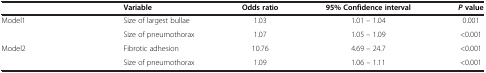
|  |  | Variable | Odds ratio | 95% Confidence interval | P value |
 | --- | --- | --- | --- | --- | --- |
 | Model1 | <ROWSPAN=2>  | Size of largest bullae | 1.03 | 1.01 – 1.04 | 0.001 |
 |  | Size of pneumothorax | 1.07 | 1.05 – 1.09 | <0.001 |
 | <ROWSPAN=2-COLSPAN=2> Model2 | Fibrotic adhesion | 10.76 | 4.69 – 24.7 | <0.001 |
 | Size of pneumothorax | 1.09 | 1.06 – 1.11 | <0.001 |